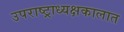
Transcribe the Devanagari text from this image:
उपराष्ट्राध्यक्षकालात